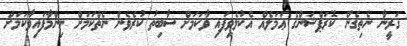
ޤަރީނާ ނެތިގެން ކޮރަޕްޝަންގެ ޢަމަލެއް އެކުލެވިފައި ވާކަމަށް ސާބިތު ކުރެވެން ނެތްކަމަށް ނިންމާފައިވާކަމަށް